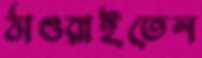
ঠাওরাইতেন